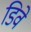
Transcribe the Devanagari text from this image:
डिवे